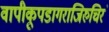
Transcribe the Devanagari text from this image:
वापीकूपडागराजिरुचिरं